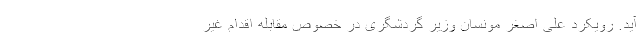
آید. رویکرد علی اصغر مونسان وزیر گردشگری در خصوص مقابله اقدام غیر